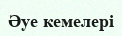
Әуе кемелері